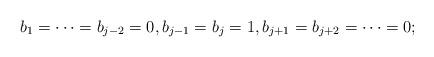
LaTeX: \begin{align*}b_1 = \cdots = b_{j-2} = 0, b_{j-1} = b_j = 1, b_{j+1} = b_{j+2} = \cdots = 0;\end{align*}